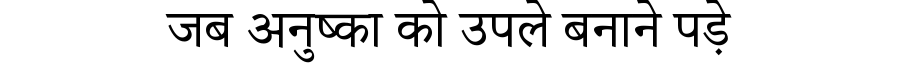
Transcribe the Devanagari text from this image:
जब अनुष्का को उपले बनाने पड़े